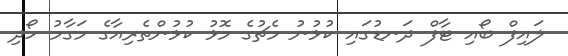
ލައިފް ބޯއި ޓާފް ދަނޑުގައި ކުޅުނު މެޗުގެ މޮޅު ކުޅުންތެރިއާގެ މަގާމު ހޯދި